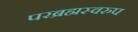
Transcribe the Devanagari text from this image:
परब्रह्मस्वरुप